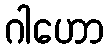
ဂါဟော